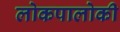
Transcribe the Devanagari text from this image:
लोकपालोकी